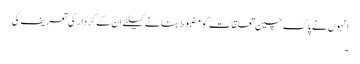
انہوں نے پاک چین تعلقات کو مضبوط بنانے کیلئے ان کے کردار کی تعریف کی
۔